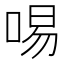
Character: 𠴭